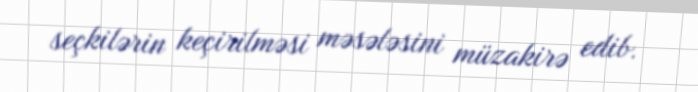
seçkilərin keçirilməsi məsələsini müzakirə edib.